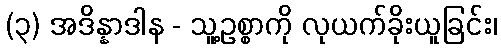
(၃) အဒိန္နာဒါန - သူ့ဥစ္စာကို လုယက်ခိုးယူခြင်း၊